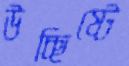
উচ্ছিষ্টে